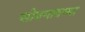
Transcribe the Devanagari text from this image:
सोनगावच्या